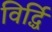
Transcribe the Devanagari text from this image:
विर्द्धि